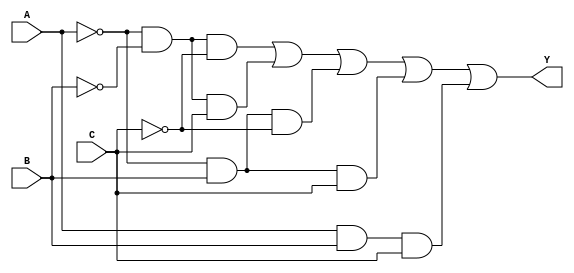
module kmap_3var (
    input wire A,  // Input variable A
    input wire B,  // Input variable B
    input wire C,  // Input variable C
    output wire Y  // Output variable Y
);

// Sum of Products (SOP) form based on K-map evaluation
// For example, let's assume the following minterms are '1':
// m0 (000), m1 (001), m2 (010), m3 (011), m6 (110)
// resulting in the logical expression: Y = A'C' + A'C + AB' + ABC 
assign Y = (~A & ~B & ~C) | (~A & ~B & C) | (~A & B & ~C) | (~A & B & C) | (A & B & C);

// Alternatively, if using a different set of minterms, adjust the expression accordingly.
// Example for minterms (0, 1, 3, 5, 6) could be: 
// assign Y = A'B' + A'B + AB' + ABC' + ABC;

endmodule